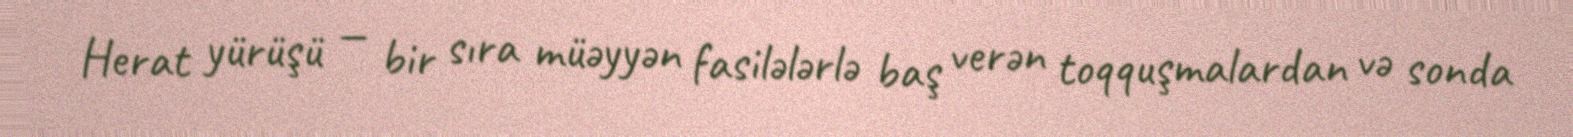
Herat yürüşü — bir sıra müəyyən fasilələrlə baş verən toqquşmalardan və sonda